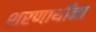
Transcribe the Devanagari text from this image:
शरणार्थींना